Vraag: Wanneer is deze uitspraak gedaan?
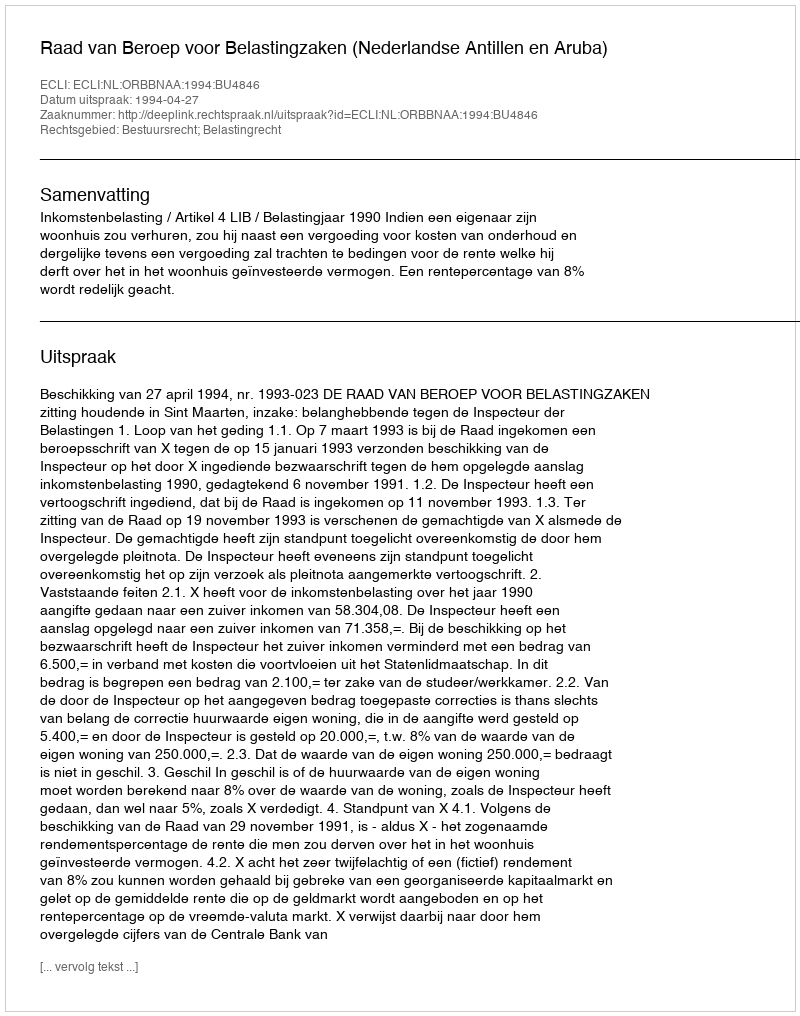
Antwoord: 1994-04-27